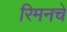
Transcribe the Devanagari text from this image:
रिमनचे